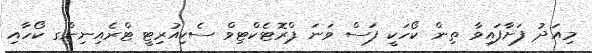
މިއަދު ފަށާފައިވާ ތިން ކޯހަކީ ފަސް ވަނަ ޕްރޮޓެކްޓިވް ސެކިއުރިޓީ ޓްރެއިނިންގ ކޯހާއި